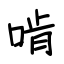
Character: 啃